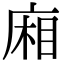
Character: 廂